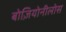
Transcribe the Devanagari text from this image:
बोज़ियोनीलोस